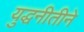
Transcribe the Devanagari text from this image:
युद्धनीतीने